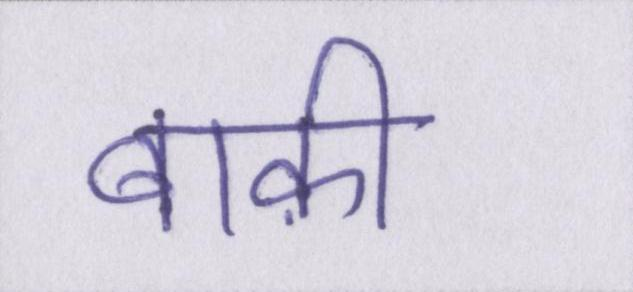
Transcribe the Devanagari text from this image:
बाक़ी